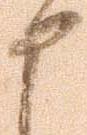
申